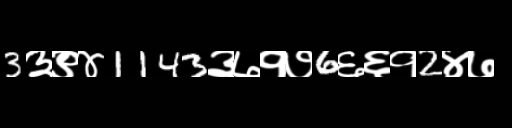
Text: 3३९४1143३७१७6६६१2४७